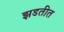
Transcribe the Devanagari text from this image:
झडतीत